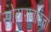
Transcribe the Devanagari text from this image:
सोयराबाईचा